画像に写った文字を読んでください
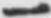
「一」と書いてあります